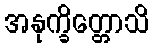
အနုက္ခိတ္တောသိ